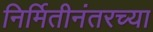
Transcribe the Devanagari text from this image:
निर्मितीनंतरच्‍या